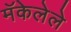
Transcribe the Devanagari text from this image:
मॅकेलेले